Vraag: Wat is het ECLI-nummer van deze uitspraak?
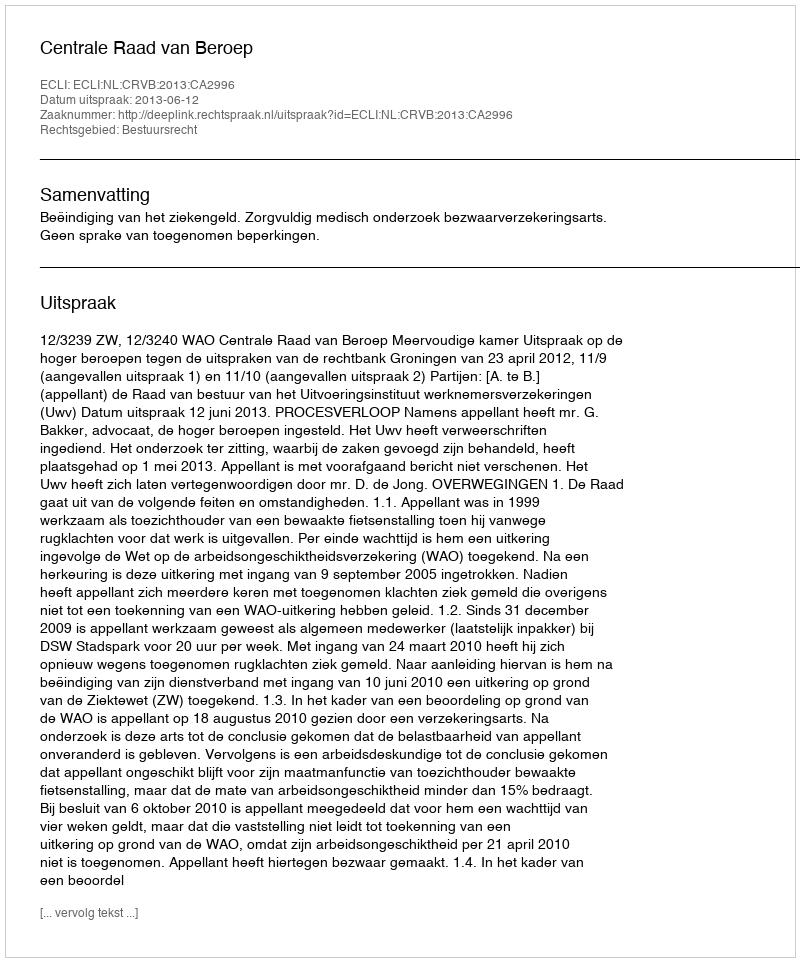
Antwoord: ECLI:NL:CRVB:2013:CA2996